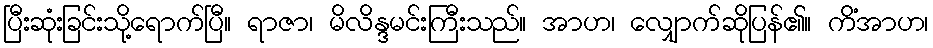
ပြီးဆုံးခြင်းသို့ရောက်ပြီ။ ရာဇာ၊ မိလိန္ဒမင်းကြီးသည်။ အာဟ၊ လျှောက်ဆိုပြန်၏။ ကိံအာဟ၊